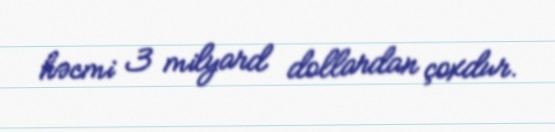
həcmi 3 milyard dollardan çoxdur.